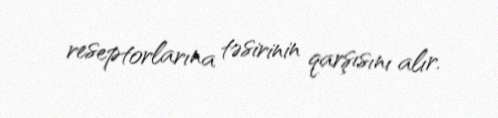
reseptorlarına təsirinin qarşısını alır.